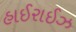
હાઈરાઈઝ